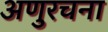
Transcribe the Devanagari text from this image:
अणुरचना